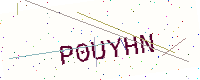
Text: P0UYHN